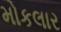
મોકલાર